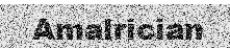
Amalrician